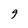
Character: 9